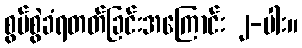
စွပ်စွဲခံရတတ်ခြင်းအကြောင်း ၂-ပါး။